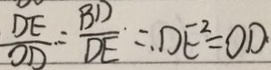
\frac { D E } { O D } = \frac { B D } { D E } = D E ^ { 2 } = O D